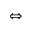
\Leftrightarrow